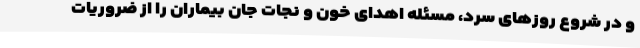
و در شروع روزهای سرد، مسئله اهدای خون و نجات جان بیماران را از ضروریات